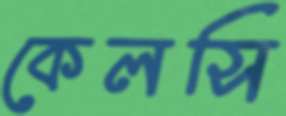
কেলসি